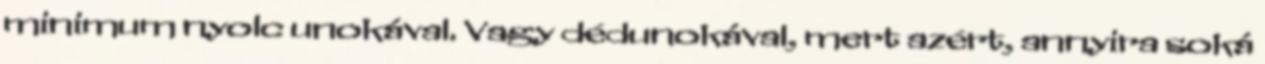
minimum nyolc unokával. Vagy dédunokával, mert azért, annyira soká